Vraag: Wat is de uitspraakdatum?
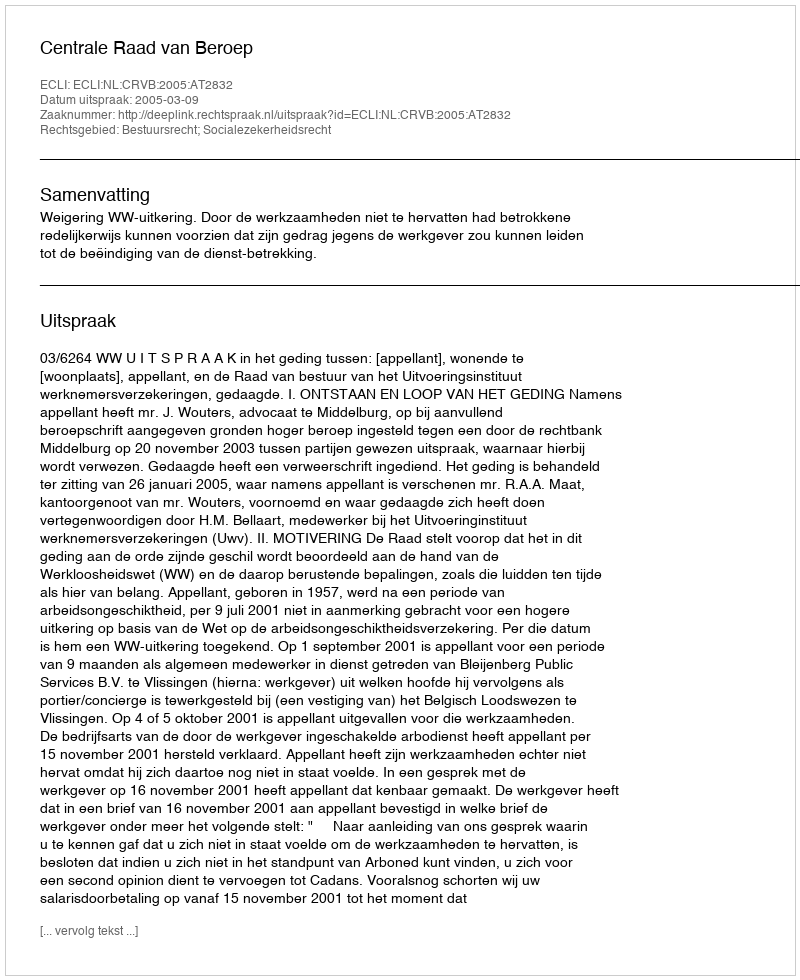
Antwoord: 2005-03-09